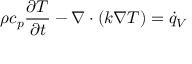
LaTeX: \rho c _ { p } { \frac { \partial T } { \partial t } } - \nabla \cdot \left( k \nabla T \right) = { \dot { q } } _ { V }